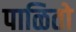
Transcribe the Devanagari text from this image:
पाळितो